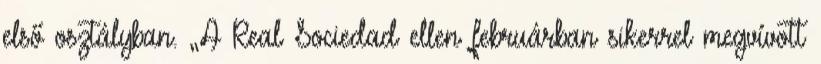
első osztályban. „A Real Sociedad ellen februárban sikerrel megvívott